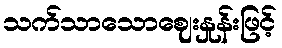
သက်သာသောဈေးနှုန်းဖြင့်